Cholera in India, 1862 to 1881
Year: 1862
Disease focus: Cholera
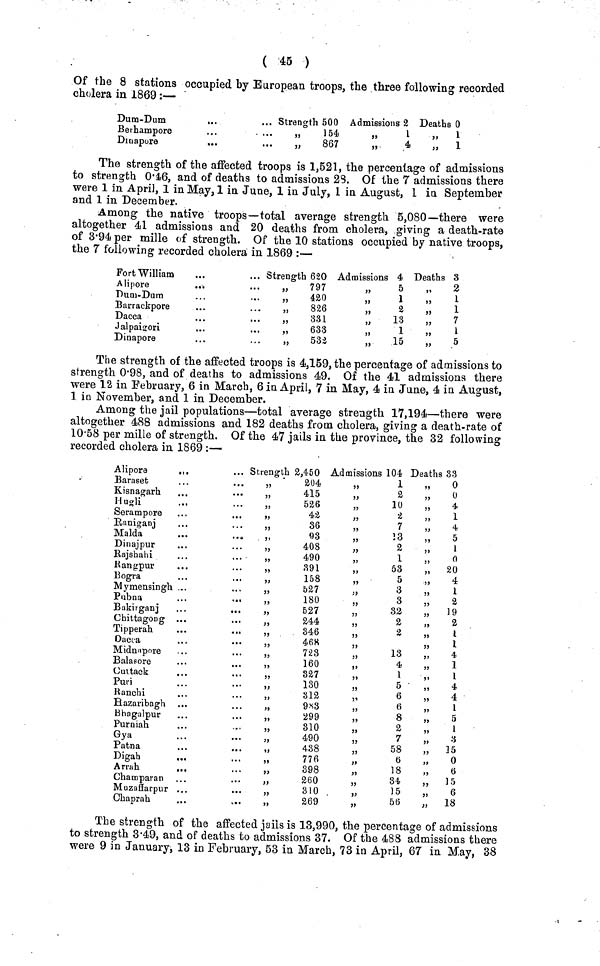
( 45 )
Of the 8 stations occupied by European troops, the three following recorded
cholera in 1869:—
Dum-Dum
Berhampore
Dmapore
...
...
Strength 500
,, 154
„
867
Admissions 2
,, 1
,, 4
Deaths 0
,, 1
,, 1
The strength of the affected troops is 1,521, the percentage of admissions
to strength 0·46, and of deaths to admissions 23. Of the 7 admissions there
were 1 in April, 1 in May, 1 in June, 1 in July, 1 in August, 1 in September
and 1 in December.
Among the native troops—total average strength 5,080—there were
altogether 41 admissions and 20 deaths from cholera, giving a death-rate
of 3·94 per mille of strength. Of the 10 stations occupied by native troops,
the 7 following recorded cholera in 1869 :—
Fort William
Alipore
Dum-Dum
Barrackpore
Dacca
Jalpaigori
Dinapore
Strength 620
„
797
„
420
„
826
,, 331
,, 633
,, 532
Admissions 4
5
1
2
„
13
1
„
15
Deaths 3
,,
2
1
„
1
7
1
,,
5
The strength of the affected troops is 4,159, the percentage of admissions to
strength 0·98, and of deaths to admissions 49. Of the 41 admissions there
were 12 in February, 6 in March, 6 in April, 7 in May, 4 in June, 4 in August,
1 in November, and 1 in December.
Among the jail populations—total average strength 17,194—there were
altogether 488 admissions and 182 deaths from cholera, giving a death-rate of
10·58 per mille of strength. Of the 47 jails in the province, the 32 following
recorded cholera in 1869 :—
Alipore
...
Baraset
Kisnagarh
..
Hugli
Serampore
Raniganj
Malda
..
...
Dinajpur
Rajshahi
Rangpur
Bogra
Mymensingh .
Pubna
.
...
Bakirganj
.
..
Chittagong
Tipperah.
..
..
Dacca
Midnnpore
Balasore
Cuttack
Pun
Ranchi
Hazaribagh
Bhagalpur
Purniah
Gya
Patna
...
...
Digah
Arrah
...
Champaran
Muzaffarpur ...
Chaprah
Strength 2,450
204
415
526
42
36
93
408
„
490
391
158
527
180
527
244
„
346
„
468
723
160
327
130
312
9S3
„
299
310
490
438
776
398
260
310
„
269
Admissions 104
1
2
10
2
7
13
2
1
53
5
3
3
32
2
2
,,
13
4
1
5
6
6
8
2
7
58
6
18
34
15
56
Deaths 33
,, 0
0
4
1
4
5
1
0
„ 20
4
1
2
„
19
2
1
1
4
1
1
4
,,
4
1
5
1
3
„ 15
,, 0
6
„ 15
„
6
„ 18
The strength of the affected jails is 13,990, the percentage of admissions
to strength 3·49, and of deaths to admissions 37. Of the 488 admissions there
were 9 in January, 13 in February, 53 in March, 73 in April, 67 in May, 38